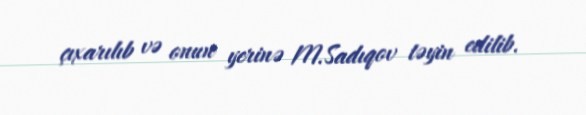
çıxarılıb və onun yerinə M.Sadıqov təyin edilib.